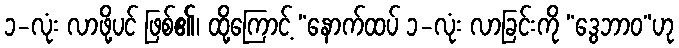
၁-လုံး လာဖို့ပင် ဖြစ်၏၊ ထို့ကြောင့် “နောက်ထပ် ၁-လုံး လာခြင်းကို “ဒွေဘာဝ”ဟု